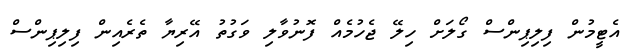
އެޓީމުން ފިލިޕިންސް ގޯލަށް ހިލޭ ޖެހުމެއް ފޮނުވާލި ވަގުތު އޭރިޔާ ތެރެއިން ފިލިޕިންސް